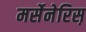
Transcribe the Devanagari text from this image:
मर्सेनेरिस़